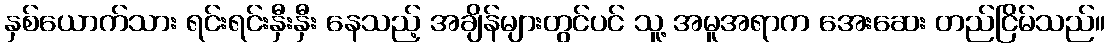
နှစ်ယောက်သား ရင်းရင်းနှီးနှီး နေသည့် အချိန်များတွင်ပင် သူ့ အမူအရာက အေးဆေး တည်ငြိမ်သည်။